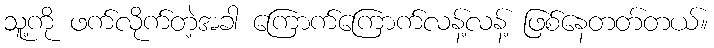
သူ့ကို ဖက်လိုက်တဲ့အခါ ကြောက်ကြောက်လန့်လန့် ဖြစ်နေတတ်တယ်။